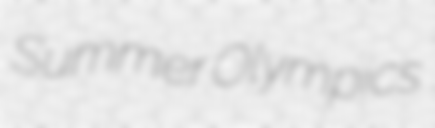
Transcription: Summer Olympics